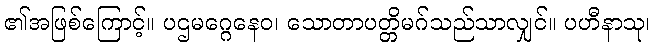
၏အဖြစ်ကြောင့်။ ပဌမဂ္ဂေနေဝ၊ သောတာပတ္တိမဂ်သည်သာလျှင်။ ပဟီနာသု၊